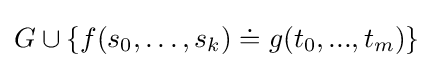
G\cup \{f(s_{0},\ldots ,s_{k})\doteq g(t_{0},...,t_{m})\}